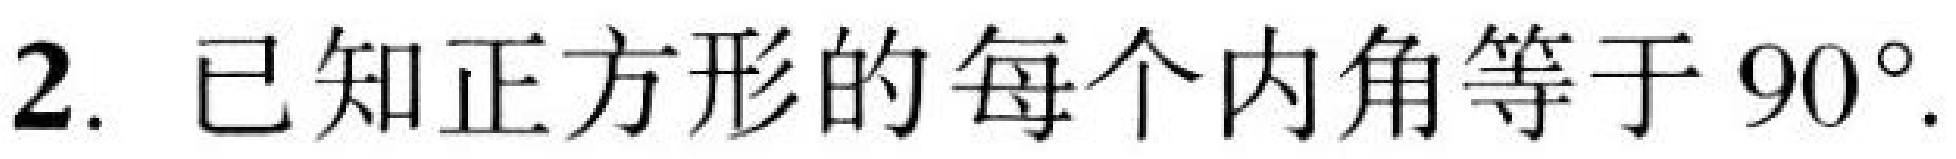
2. 已知正方形的每个内角等于\(90^{\circ}\).